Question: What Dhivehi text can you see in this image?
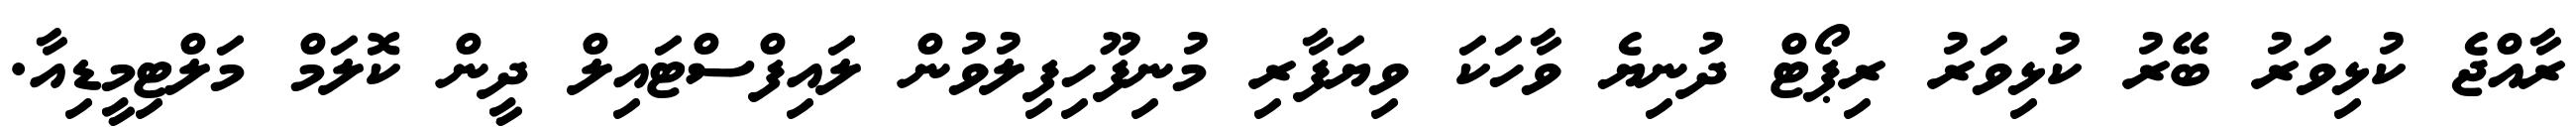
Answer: ރާއްޖެ ކުޅިވަރު ބޭރު ކުޅިވަރު ރިޕޯޓް ދުނިޔެ ވާހަކަ ވިޔަފާރި މުނިފޫހިފިލުވުން ލައިފްސްޓައިލް ދީން ކޮލަމް މަލްޓިމީޑިއާ.